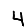
Digit: 4